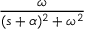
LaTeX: \frac { \omega } { ( s + \alpha ) ^ { 2 } + \omega ^ { 2 } }